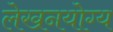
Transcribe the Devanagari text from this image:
लेखनयोग्य